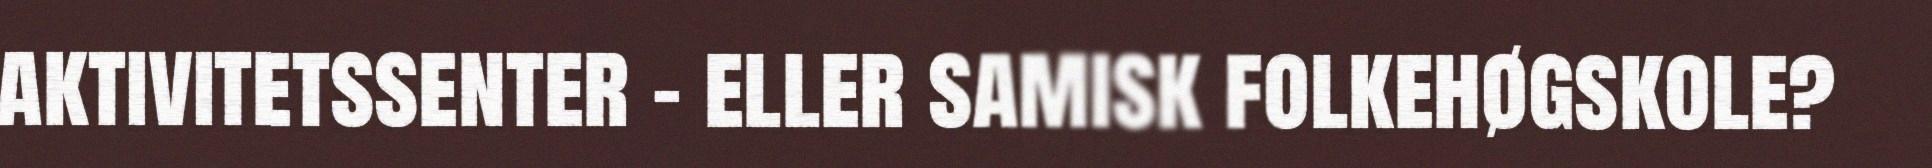
aktivitetssenter - eller samisk folkehøgskole?